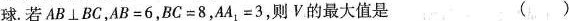
球. 若AB\bot BC，$$A B = 6$$，$$B C = 8$$，$$A A _ { 1 } = 3$$，则V的最大值是 ( )